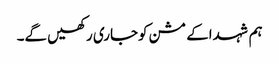
ہم شہداکے مشن کوجاری رکھیں گے۔